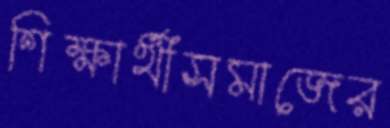
শিক্ষার্থীসমাজের